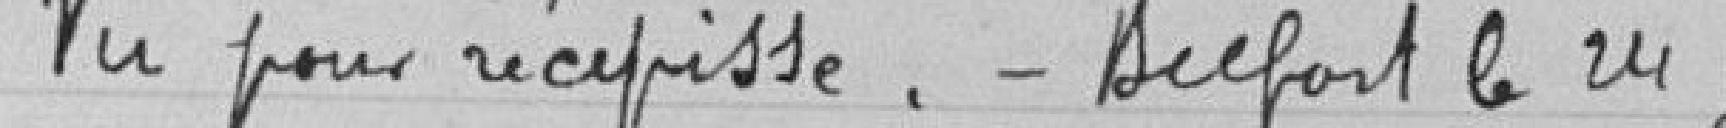
Vu pour récépissé.. Belfort le 24 juin